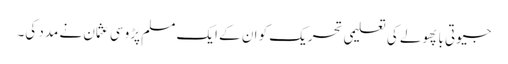
جیوتی با پھولے کی تعلیمی تحریک کو ان کے ایک مسلم پڑوسی عثمان نے مدد کی۔